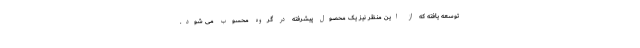
توسعه یافته که از این منظر نیز یک محصول پیشرفته در گروه محسوب می شود.